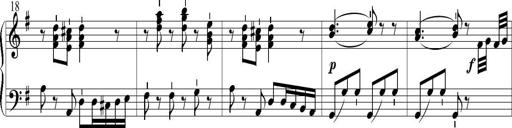
Title: 6 Leichte Sonatinen, Teil 1
Composer: F. Sigismund Sander